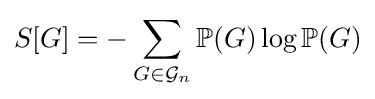
S[G]=-\sum _{G\in {\mathcal {G}}_{n}}\mathbb {P} (G)\log \mathbb {P} (G)